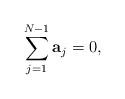
LaTeX: \begin{align*}\sum_{j=1}^{N-1} {\bf a}_{j} =0,\end{align*}